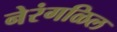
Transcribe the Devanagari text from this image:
नेरंगळिल